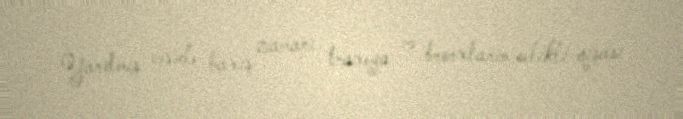
Yarılmış cəsədə baxış zamanı traxeya və bronxların selikli qişası